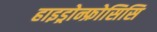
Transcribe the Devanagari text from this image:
हाइड्रोन्फ्रोसिसि